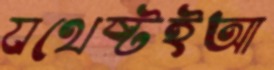
যথেষ্টইআ